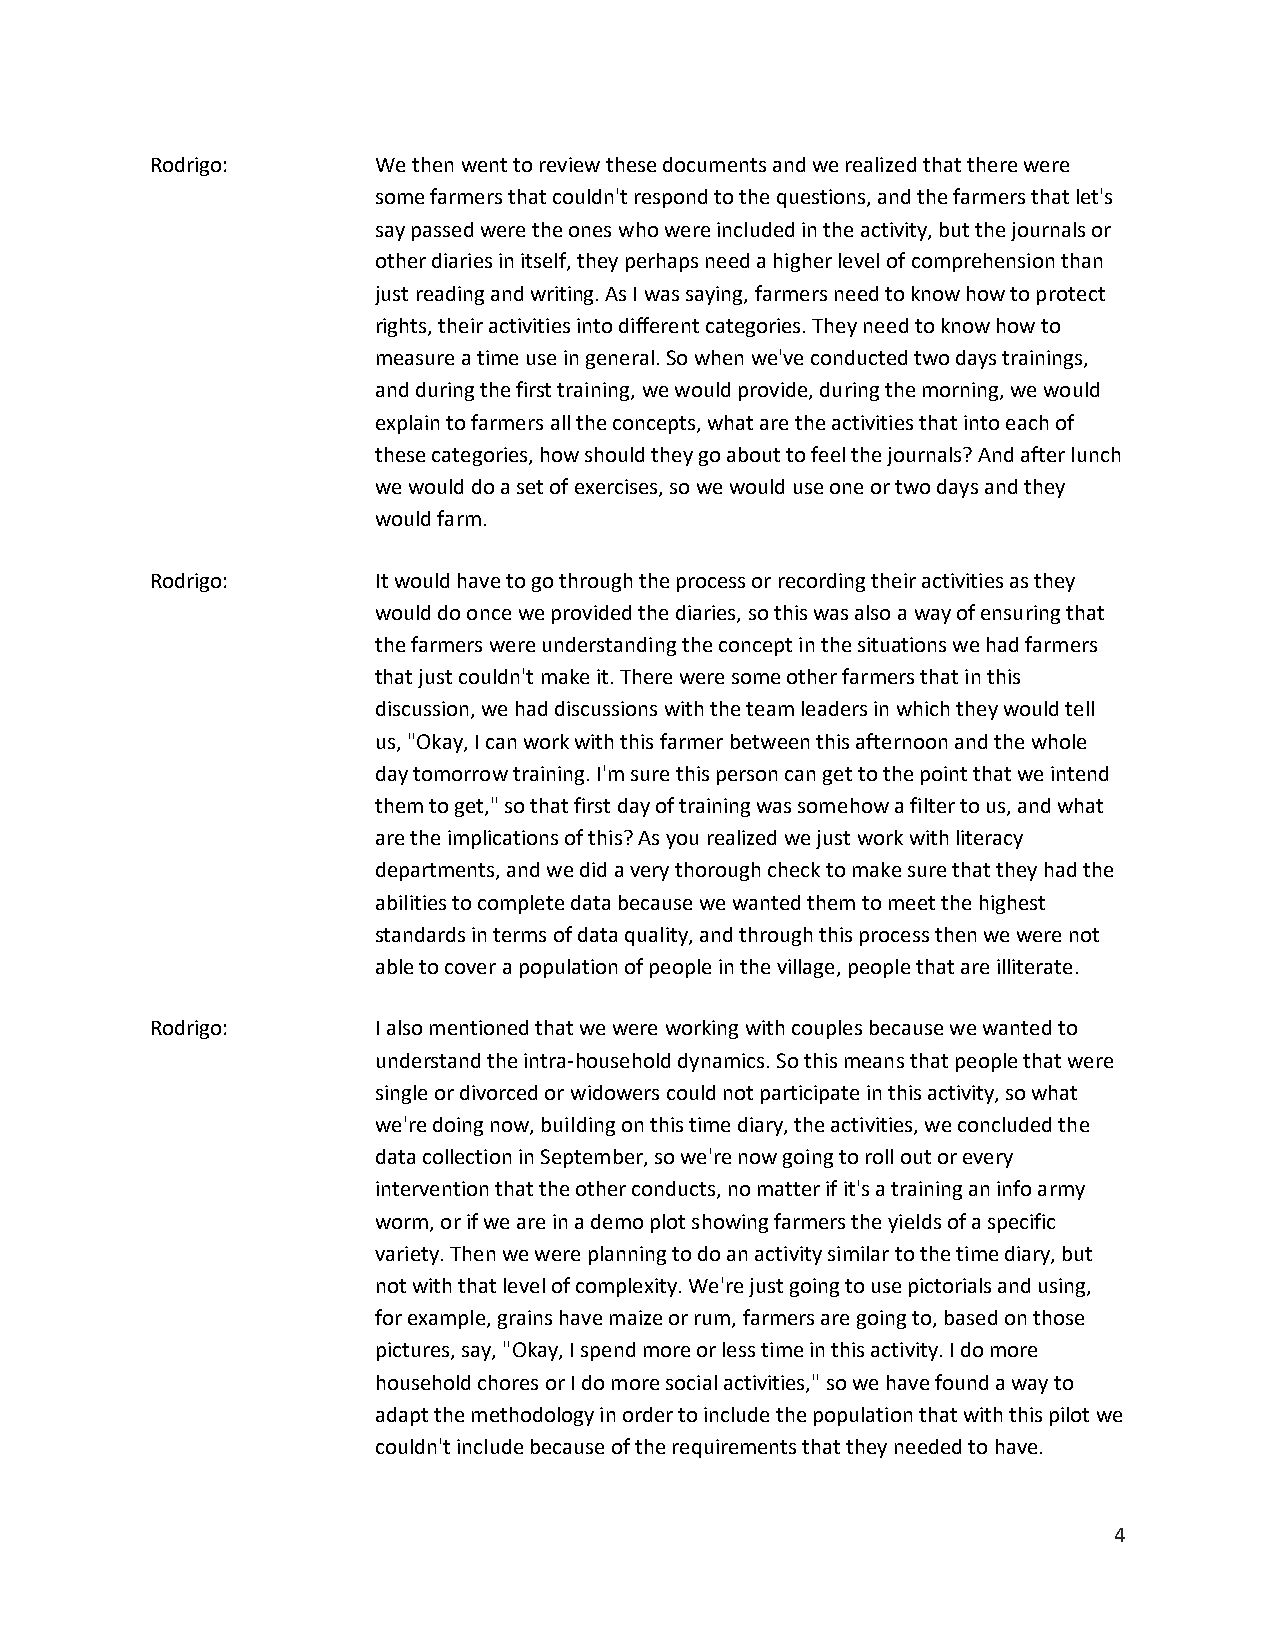
Rodrigo:       We then went to review these documents and we realized that there were
 some farmers that couldn't respond to the questions, and the farmers that let's
 say passed were the ones who were included in the activity, but the journals or
 other diaries in itself, they perhaps need a higher level of comprehension than
 just reading and writing. As I was saying, farmers need to know how to protect
 rights, their activities into different categories. They need to know how to
 measure a time use in general. So when we've conducted two days trainings,
 and during the first training, we would provide, during the morning, we would
 explain to farmers all the concepts, what are the activities that into each of
 these categories, how should they go about to feel the journals? And after lunch
 we would do a set of exercises, so we would use one or two days and they
 would farm.
 Rodrigo:       It would have to go through the process or recording their activities as they
 would do once we provided the diaries, so this was also a way of ensuring that
 the farmers were understanding the concept in the situations we had farmers
 that just couldn't make it. There were some other farmers that in this
 discussion, we had discussions with the team leaders in which they would tell
 us, "Okay, I can work with this farmer between this afternoon and the whole
 day tomorrow training. I'm sure this person can get to the point that we intend
 them to get," so that first day of training was somehow a filter to us, and what
 are the implications of this? As you realized we just work with literacy
 departments, and we did a very thorough check to make sure that they had the
 abilities to complete data because we wanted them to meet the highest
 standards in terms of data quality, and through this process then we were not
 able to cover a population of people in the village, people that are illiterate.
 Rodrigo:       I also mentioned that we were working with couples because we wanted to
 understand the intra-household dynamics. So this means that people that were
 single or divorced or widowers could not participate in this activity, so what
 we're doing now, building on this time diary, the activities, we concluded the
 data collection in September, so we're now going to roll out or every
 intervention that the other conducts, no matter if it's a training an info army
 worm, or if we are in a demo plot showing farmers the yields of a specific
 variety. Then we were planning to do an activity similar to the time diary, but
 not with that level of complexity. We're just going to use pictorials and using,
 for example, grains have maize or rum, farmers are going to, based on those
 pictures, say, "Okay, I spend more or less time in this activity. I do more
 household chores or I do more social activities," so we have found a way to
 adapt the methodology in order to include the population that with this pilot we
 couldn't include because of the requirements that they needed to have.
 4